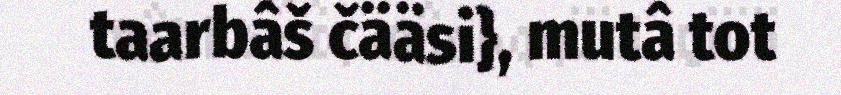
taarbâš čääsi}, mutâ tot